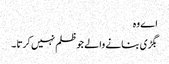
اے وہ
بگڑی بنانے والے جو ظلم نہیں کرتا ۔